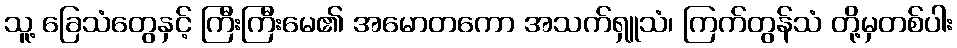
သူ့ ခြေသံတွေနှင့် ကြီးကြီးမေ၏ အမောတကော အသက်ရှူသံ၊ ကြက်တွန်သံ တို့မှတစ်ပါး